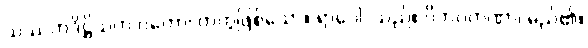
သဿတဒိဋ္ဌိသဟ ဂတော၊ တကွဖြစ်သော။ ရာဂေါ၊ သည်။ ဝိဘဝတဏှာ၊ မည်၏။